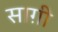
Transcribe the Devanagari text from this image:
साग़ी